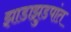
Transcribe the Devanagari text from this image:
झाडाझुडपांत